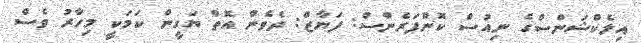
އިލެކްޝަންސްގެ ނިއުސް ކޮންފަރެންސް: ފަޔާޒް: ދެވެން އޮތް ޔަގީން ކަމަކީ މިހާރު ވެސް